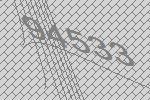
94533